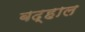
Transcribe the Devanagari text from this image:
बद्हाल